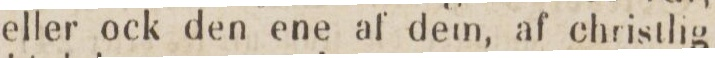
eller ock den ene af dem, af christlig